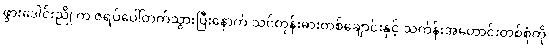
ဖွားဒေါင်းညို က ဇရပ်ပေါ်တက်သွားပြီးနောက် သင်တုန်းဓားတစ်ချောင်းနှင့် သင်္ကန်းအဟောင်းတစ်စုံကို